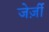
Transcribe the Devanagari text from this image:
जेर्ज़ी